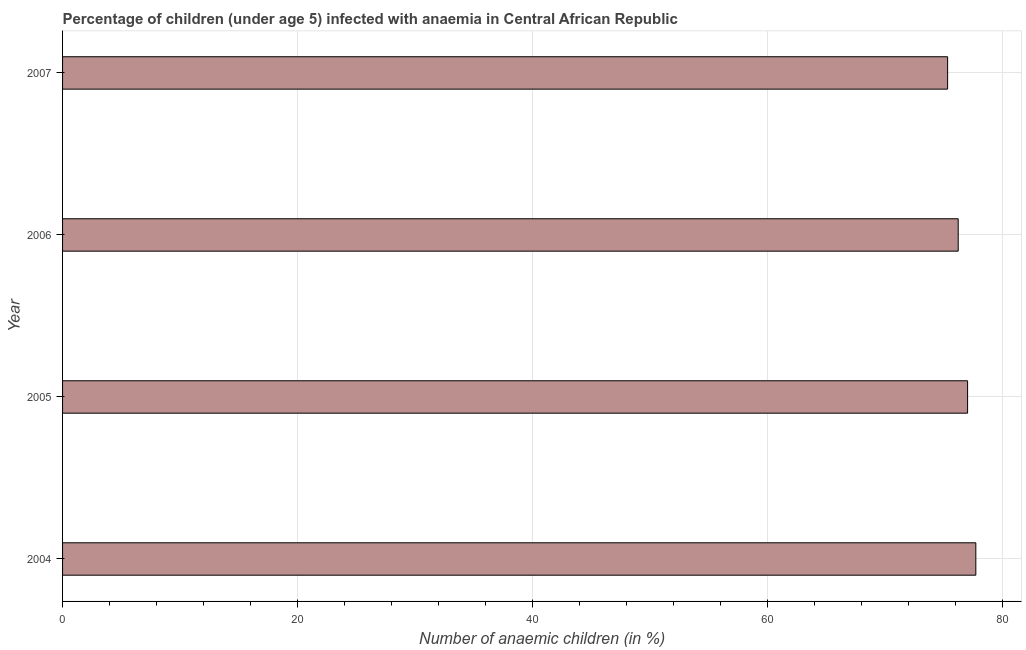
| Year | Prevalence of anemia among children |
 | --- | --- |
 | 2004 | 77.7 |
 | 2005 | 77 |
 | 2006 | 76.2 |
 | 2007 | 75.3 |